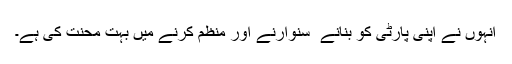
انہوں نے اپنی پارٹی کو بنانے ٗ سنوارنے اور منظم کرنے میں بہت محنت کی ہے۔